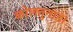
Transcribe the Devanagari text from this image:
कोलत्तुनाड।